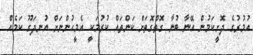
އުމުރުގެ ދޮށީކަމުން އޭނާ ބުނާ ގޮތްގޮތަށް ކަންތައް ކުރުމަކީ އެމީހުންނަށް އުނދަގޫ ކަމެއް